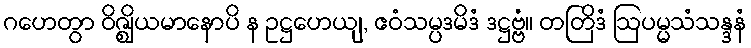
ဂဟေတွာ ဝိဇ္ဈိယမာနောပိ န ဥဋ္ဌဟေယျ, ဧဝံသမ္ပဒမိဒံ ဒဋ္ဌဗ္ဗံ။ တတြိဒံ ဩပမ္မသံသန္ဒနံ